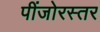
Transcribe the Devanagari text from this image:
पींजोरस्तर